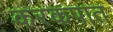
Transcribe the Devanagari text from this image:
करकपात